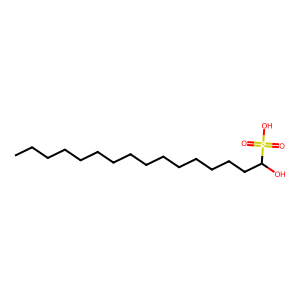
SMILES: CCCCCCCCCCCCCCCC(O)S(=O)(=O)O
Inhibits HIV replication: No